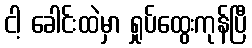
ငါ့ ခေါင်းထဲမှာ ရှုပ်ထွေးကုန်ပြီ